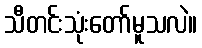
သီတင်းသုံးတော်မူသလဲ။